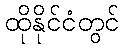
ထိုနိုင်ငံတွင်